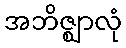
အဘိဇ္ဈာလုံ